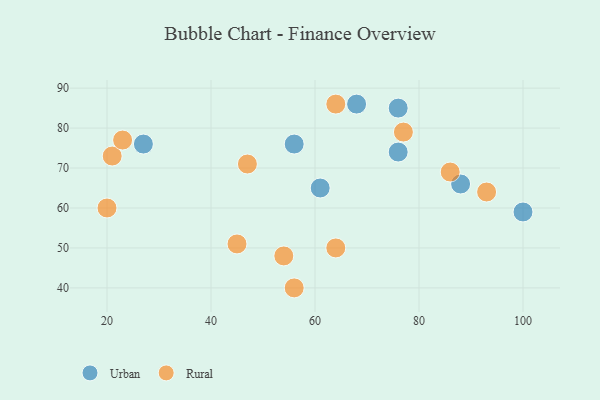
{"axis": {"x": "GDP", "y": "Life Expectancy"}, "legend": ["Rural", "Urban"], "data": [{"x": "56", "y": 76, "type": "Urban"}, {"x": "68", "y": 86, "type": "Urban"}, {"x": "27", "y": 76, "type": "Urban"}, {"x": "76", "y": 74, "type": "Urban"}, {"x": "100", "y": 59, "type": "Urban"}, {"x": "88", "y": 66, "type": "Urban"}, {"x": "76", "y": 85, "type": "Urban"}, {"x": "61", "y": 65, "type": "Urban"}, {"x": "20", "y": 60, "type": "Rural"}, {"x": "64", "y": 50, "type": "Rural"}, {"x": "77", "y": 79, "type": "Rural"}, {"x": "21", "y": 73, "type": "Rural"}, {"x": "93", "y": 64, "type": "Rural"}, {"x": "23", "y": 77, "type": "Rural"}, {"x": "86", "y": 69, "type": "Rural"}, {"x": "45", "y": 51, "type": "Rural"}, {"x": "64", "y": 86, "type": "Rural"}, {"x": "47", "y": 71, "type": "Rural"}, {"x": "54", "y": 48, "type": "Rural"}, {"x": "56", "y": 40, "type": "Rural"}]}